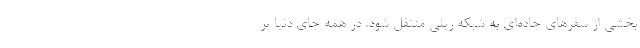
بخشی از سفرهای جاده‌ای به شبکه ریلی منتقل شود. در همه جای دنیا پر